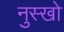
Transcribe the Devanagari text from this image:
नुस्खो